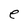
Character: e